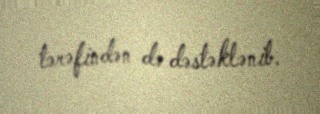
tərəfindən də dəstəklənib.